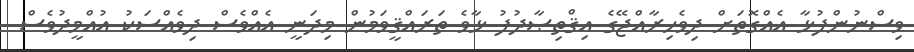
ވިސްނުންފުޅާ އެއްގޮތަށް ދިވެހިރާއްޖޭގެ އިޤްތިޞާދުފު ޅާވެ ތަރައްޤީވަމުން މިދަނީ އެއްވެސް ދިވެއްސަކު އުއްމީދުވެސް